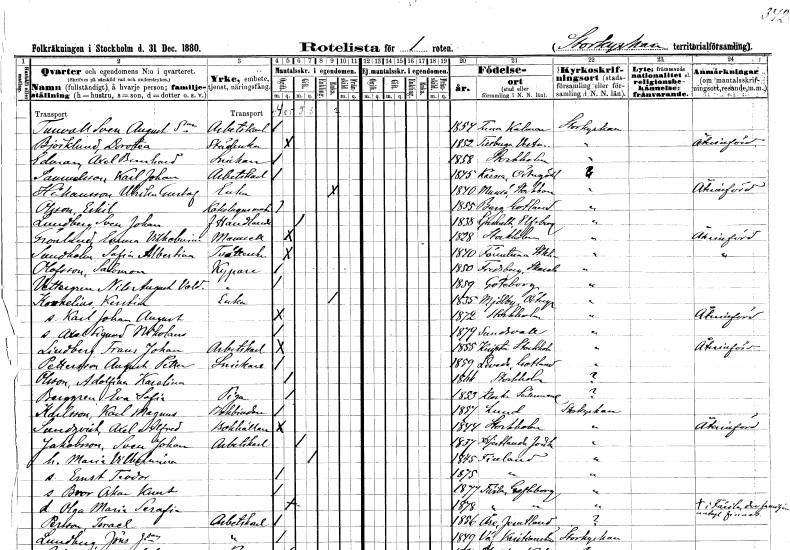
gt_parse: households: individuals: FN: Sven August
EN: Tunvall
YRKE: Arbetskarl
KON: M
CIV: O
FODAR: 1854
FODFORS: Tuna Kalmar län
FN: Dorotea
EN: Björklund
YRKE: Städerska
KON: K
CIV: O
FODAR: 1852
FODFORS: Tillberga Västmanlands län
FN: Axel Bernhard
EN: Edman
YRKE: Snickare
KON: M
CIV: O
FODAR: 1858
FODFORS: Stockholm
FN: Karl Johan
EN: Samuelsson
YRKE: Arbetskarl
KON: M
CIV: O
FODAR: 1845
FODFORS: Kärna Östergötlands län
FN: Ulrika Gustafa
EN: Håkansson
YRKE: Änka
KON: K
CIV: E
FODAR: 1840
FODFORS: Munsö Stockholms län
FN: Eskil
EN: Olsson
YRKE: Kakelugnsmakare
KON: M
CIV: O
FODAR: 1855
FODFORS: Boge Gotlands län
FN: Sven Johan
EN: Lundberg
YRKE: Handlande f.
KON: M
CIV: G
FODAR: 1838
FODFORS: Ljushult Älvsborgs län
FN: Emma Vilhelmina
EN: Grönlund
KON: K
CIV: O
FODAR: 1828
FODFORS: Stockholm
FN: Sofia Albertina
EN: Sundholm
YRKE: Tvätterska
KON: K
CIV: O
FODAR: 1840
FODFORS: Färentuna Stockholms län
FN: Salomon
EN: Olofsson
YRKE: Kypare
KON: M
CIV: O
FODAR: 1850
FODFORS: Fredsberg Skaraborgs län
FN: Nils August Valdemar
EN: Vettergren
YRKE: Kypare
KON: M
CIV: O
FODAR: 1859
FODFORS: Göteborg Göteborgs- och Bohuslän
FN: Kerstin
EN: Kornelius
YRKE: Änka
KON: K
CIV: E
FODAR: 1835
FODFORS: Mjölby Östergötlands län
FN: Karl Johan August
KON: M
CIV: O
FODAR: 1872
FODFORS: Stockholm
FN: Axel Sigurd Nikolaus
KON: M
CIV: O
FODAR: 1879
FODFORS: Sundsvall Västernorrlands län
FN: Frans Johan
EN: Lindberg
YRKE: Arbetskarl
KON: M
CIV: O
FODAR: 1855
FODFORS: Knivsta Uppsala län
FN: August Petter
EN: Pettersson
YRKE: Snickare
KON: M
CIV: O
FODAR: 1859
FODFORS: Levide Gotlands län
FN: Adolfina Karolina
EN: Olsson
KON: K
CIV: O
FODAR: 1866
FODFORS: Stockholm
FN: Eva Sofia
EN: Berggren
YRKE: Piga
KON: K
CIV: O
FODAR: 1853
FODFORS: Kloster Södermanlands län
FN: Karl Magnus
EN: Karlsson
YRKE: Bokbindare
KON: M
CIV: O
FODAR: 1857
FODFORS: Lund Malmöhus län
FN: Axel Alfred
EN: Sundqvist
YRKE: Bokhållare
KON: M
CIV: O
FODAR: 1844
FODFORS: Stockholm
FN: Sven Johan
EN: Jakobsson
YRKE: Arbetskarl
KON: M
CIV: G
FODAR: 1837
FODFORS: Hjärtlanda Jönköpings län
FN: Maria Vilhelmina
KON: K
CIV: G
FODAR: 1845
FN: Ernst Teodor
KON: M
CIV: O
FODAR: 1875
FN: Bror Oskar Knut
KON: M
CIV: O
FODAR: 1877
FODFORS: Färila Gävleborgs län
FN: Olga Maria Serafia
KON: K
CIV: O
FODAR: 1878
FODFORS: Färila Gävleborgs län